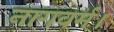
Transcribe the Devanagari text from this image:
नागवर्म।